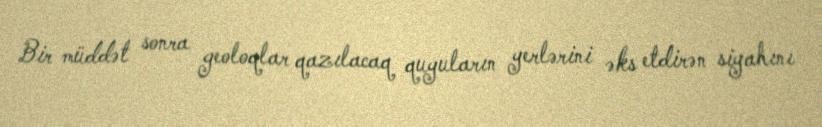
Bir müddət sonra geoloqlar qazılacaq quyuların yerlərini əks etdirən siyahını